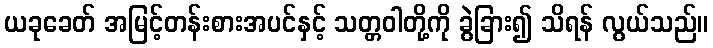
ယခုခေတ် အမြင့်တန်းစားအပင်နှင့် သတ္တဝါတို့ကို ခွဲခြား၍ သိရန် လွယ်သည်။